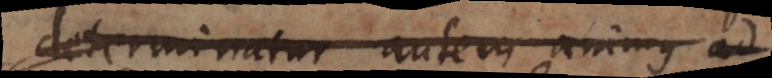
determinatur autem animus ad